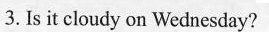
3. Is it cloudy on Wednesday?